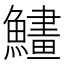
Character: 𩻽